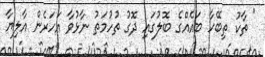
" ތާކު ތިބޭހާ ބައެއްގެ ބޮލުގައި ދޮގު ތުހުމަތު ނާޅުވާ އަހަރެން އާލިޔާ